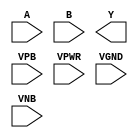
module sky130_fd_sc_ms__nor2 (
    //# {{data|Data Signals}}
    input  A   ,
    input  B   ,
    output Y   ,

    //# {{power|Power}}
    input  VPB ,
    input  VPWR,
    input  VGND,
    input  VNB
);
endmodule